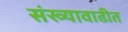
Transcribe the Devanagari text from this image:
संख्यावाढीत